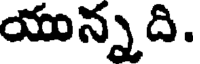
యున్నది.